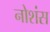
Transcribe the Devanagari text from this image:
नोशंस